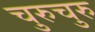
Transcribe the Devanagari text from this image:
चुरुचुरु